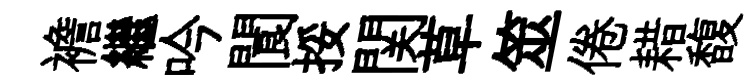
襜繼吟閬挼関草筮倦耤馥